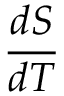
\frac { d S } { d T }